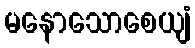
မနောသောစေယျံ